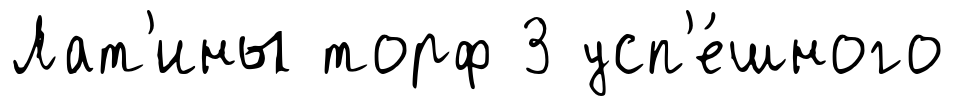
Лат'ины торф 3 усп'е́шного